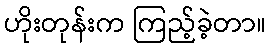
ဟိုးတုန်းက ကြည့်ခဲ့တာ။